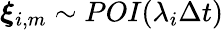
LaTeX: \boldsymbol{\xi}_{i,m}\sim\mathop{POI}(\lambda_{i}\Delta t)